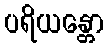
ပရိယန္တော